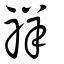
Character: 祥